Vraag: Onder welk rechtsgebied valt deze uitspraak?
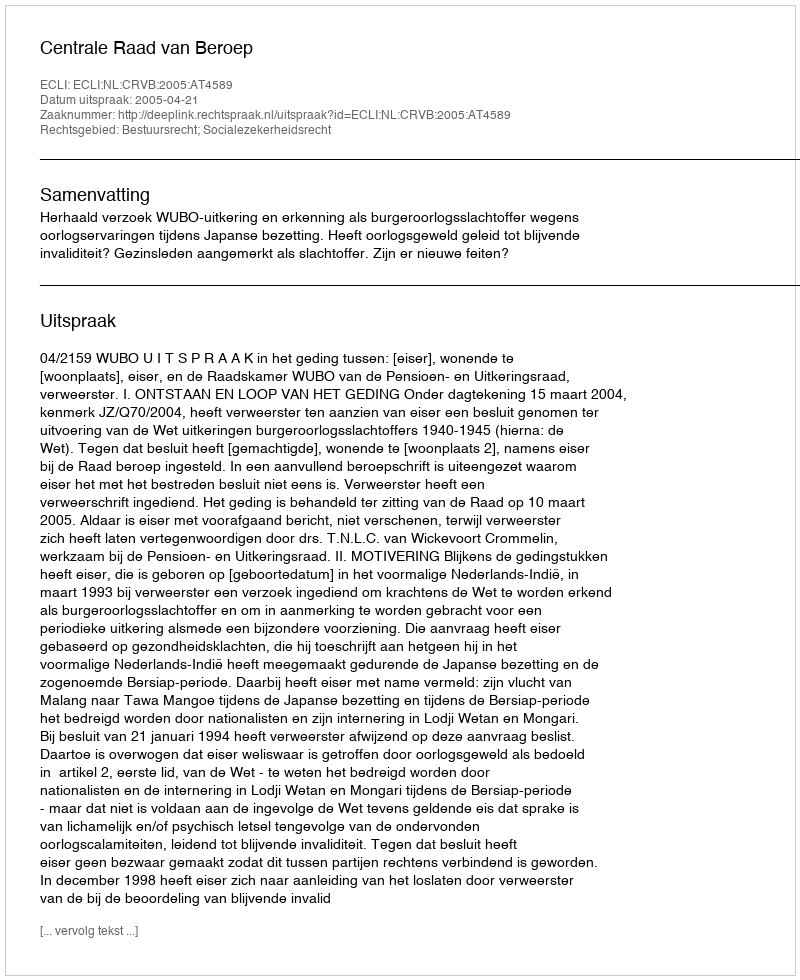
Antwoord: Bestuursrecht; Socialezekerheidsrecht